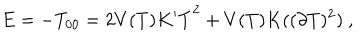
LaTeX: E = - T _ { 0 0 } = 2 V ( T ) K ^ { \prime } \dot { T } ^ { 2 } + V ( T ) K ( ( \partial T ) ^ { 2 } ) \ ,